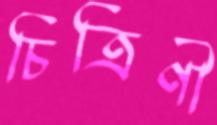
চিত্রিণী